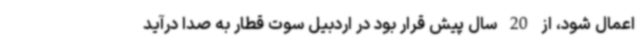
اعمال شود، از 20 سال پیش قرار بود در اردبیل سوت قطار به صدا درآید